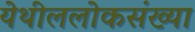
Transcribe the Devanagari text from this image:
येथीललोकसंख्या